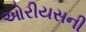
ઓરીયસની